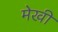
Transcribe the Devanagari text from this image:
मेखी